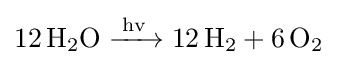
{\ce {12H2O ->[{hv}] 12H2 + 6O2}}